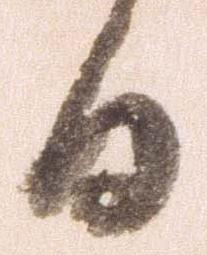
日